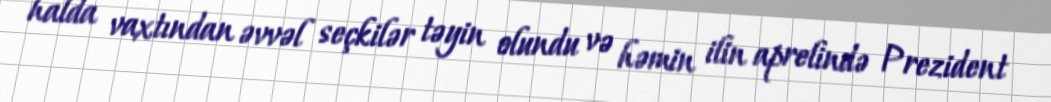
halda vaxtından əvvəl seçkilər təyin olundu və həmin ilin aprelində Prezident